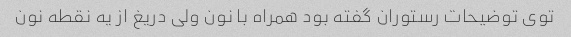
توی توضیحات رستوران گفته بود همراه با نون ولی دریغ از یه نقطه نون